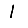
Digit: 1